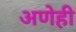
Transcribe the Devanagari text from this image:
अणेही